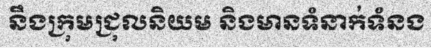
នឹងក្រុមជ្រុលនិយម និងមានទំនាក់ទំនង